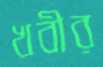
খবীর